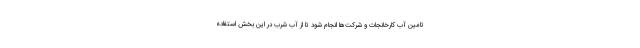
تامین آب کارخانجات و شرکت‌ها انجام شود تا از آب شرب در این بخش استفاده